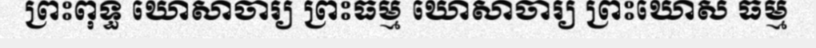
ព្រះពុទ្ធ ឃោសាចារ្យ ព្រះធម្ម ឃោសាចារ្យ ព្រះឃោស ធម្ម